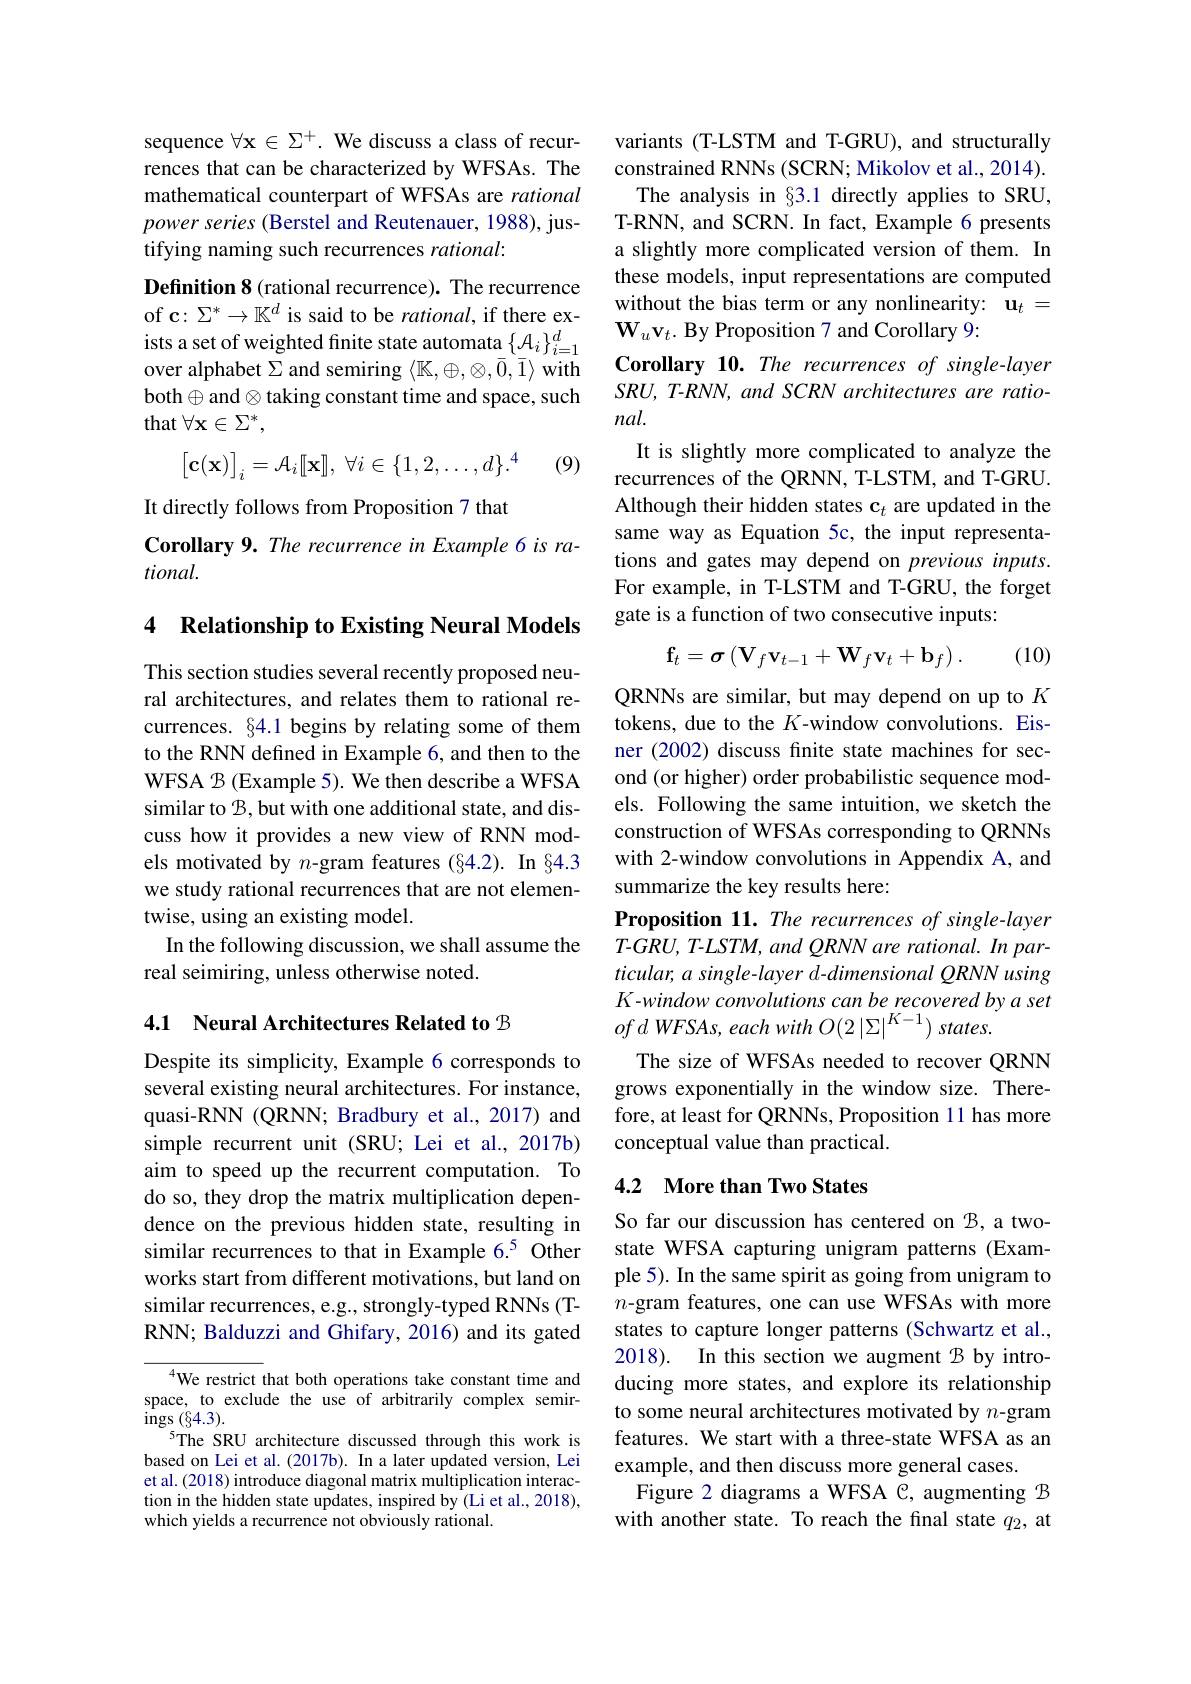
sequence $\forall\mathbf{x}\in\Sigma^+.$ We discuss a class of recurrences that can be characterized by WFSAs. The mathematical counterpart of WFSAs are rational $power\textit{ series ( Berstel and Reutenauer, 1988) , jus- }$ tifying naming such recurrences rational:

Definition 8 (rational recurrence). The recurrence of c: $\Sigma^*\to\mathbb{K}^d$ is said to be rational, if there exists a set of weighted finite state automata $\{\mathcal{A}_i\}_{i=1}^d$ over alphabet $\Sigma$ and semiring $\langle\mathbb{K},\oplus,\otimes,\bar{0},\bar{1}\rangle$ with both$\oplus$and$\otimes$taking constant time and space, such that $\forall\mathbf{x}\in\Sigma^*$,
$$\begin{bmatrix}\mathbf{c}(\mathbf{x})\end{bmatrix}_i=\mathcal{A}_i[[\mathbf{x}]],\:\forall i\in\{1,2,\dots,d\}.^4$$
(9)

It directly follows from Proposition 7 that
Corollary 9. The recurrence in Example 6 is ra-
tional.

4 Relationship to Existing Neural Models

This section studies several recently proposed neural architectures, and relates them to rational recurrences. §4.1 begins by relating some of them to the RNN defined in Example 6, and then to the WFSA $B$ (Example 5). We then describe a WFSA similar to $B$,but with one additional state, and discuss how it provides a new view of RNN models motivated by $n$-gram features (§4.2). In §4.3 we study rational recurrences that are not elementwise, using an existing model.
In the following discussion, we shall assume the
real seimiring, unless otherwise noted.

4.1 Neural Architectures Related to $B$

Despite its simplicity, Example 6 corresponds to several existing neural architectures. For instance, quasi-RNN (QRNN; Bradbury et al., 2017) and simple recurrent unit (SRU; Lei et al., 2017b) aim to speed up the recurrent computation. To do so, they drop the matrix multiplication dependence on the previous hidden state, resulting in similar recurrences to that in Example 6.5 Other works start from different motivations, but land on similar recurrences, e.g., strongly-typed RNNs (TRNN; Balduzzi and Ghifary, 2016) and its gated

$^{4}$We restrict that both operations take constant time and space, to exclude the use of arbitrarily complex semir- ${\mathrm{ings~}(\S4.3)}.$
5The SRU architecture discussed through this work is based on Lei et al.(2017b). In a later updated version, Lei et al. (2018) introduce diagonal matrix multiplication interaction in the hidden state updates, inspired by (Li et al., 2018), which yields a recurrence not obviously rational.

variants (T-LSTM and T-GRU), and structurally constrained RNNs (SCRN; Mikolov et al., 2014). The analysis in §3.1 directly applies to SRU, T-RNN, and SCRN. In fact, Example 6 presents a slightly more complicated version of them. In these models, input representations are computed without the bias term or any nonlinearity: $\mathbf{u}_{t}=$ $\mathbf{W}_u\mathbf{v}_t.$ By Proposition 7 and Corollary 9:
Corollary 10. The recurrences of single-layer SRU, T-RNN, and SCRN architectures are rational.
It is slightly more complicated to analyze the recurrences of the QRNN, T-LSTM, and T-GRU. Although their hidden states c$_t$ are updated in the same way as Equation 5c, the input representations and gates may depend on previous inputs. For example, in T-LSTM and T-GRU, the forget gate is a function of two consecutive inputs:
$$\mathbf{f}_t=\boldsymbol{\sigma}\left(\mathbf{V}_f\mathbf{v}_{t-1}+\mathbf{W}_f\mathbf{v}_t+\mathbf{b}_f\right).$$
(10)

QRNNs are similar, but may depend on up to $K$ tokens, due to the $K$-window convolutions. Eisner (2002) discuss fnite state machines for second (or higher) order probabilistic sequence models. Following the same intuition, we sketch the construction of WFSAs corresponding to QRNNs with 2-window convolutions in Appendix A, and summarize the key results here:
Proposition 11. The recurrences of single-layer T-GRU, T-LSTM, and QRNN are rational. In particular, a single-layer d-dimensional QRNN using K-window convolutions can be recovered by a set $ofdWFSAs,eachwithO(2|\Sigma|^{K-1})$ states.
The size of WFSAs needed to recover QRNN grows exponentially in the window size. Therefore, at least for QRNNs, Proposition 11 has more conceptual value than practical.

## 4.2 More than Two States

So far our discussion has centered on $B$, a twostate WFSA capturing unigram patterns (Example 5). In the same spirit as going from unigram to $n$-gram features, one can use WFSAs with more states to capture longer patterns (Schwartz et al., 2018). In this section we augment $B$ by introducing more states, and explore its relationship to some neural architectures motivated by $n$-gram features. We start with a three-state WFSA as an example, and then discuss more general cases.
Figure 2 diagrams a WFSA C, augmenting $B$ with another state. To reach the final state $q_2$, at